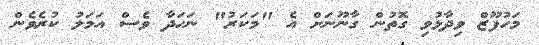
މަހުފޫޒް ވިދާޅުވި ގޮތުން ގާނޫނަށް އެ "މަކަރު" ނަހަދާ ވެސް އަމަލު ކުރެވެން